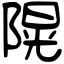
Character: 𨻙